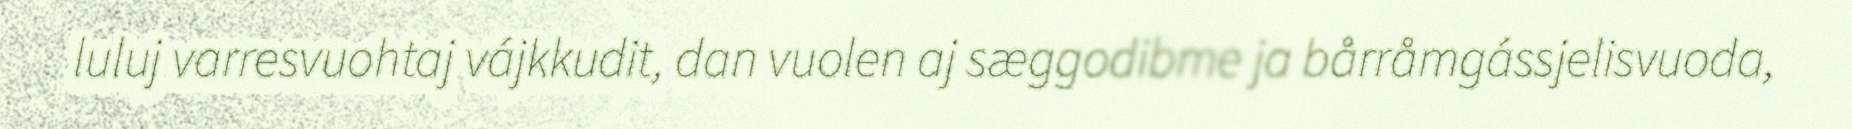
luluj varresvuohtaj vájkkudit, dan vuolen aj sæggodibme ja bårråmgássjelisvuoda,